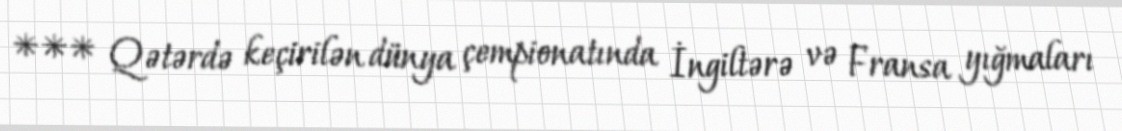
*** Qətərdə keçirilən dünya çempionatında İngiltərə və Fransa yığmaları